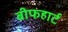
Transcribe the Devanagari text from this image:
बीफहार्ट